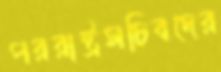
পররাষ্ট্রসচিবদের